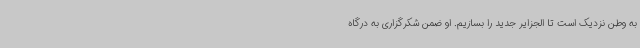
به وطن نزدیک است تا الجزایر جدید را بسازیم. او ضمن شکرگزاری به درگاه